Lunatic asylums Burma 1907-21 - 1907-1921
Year: 1907
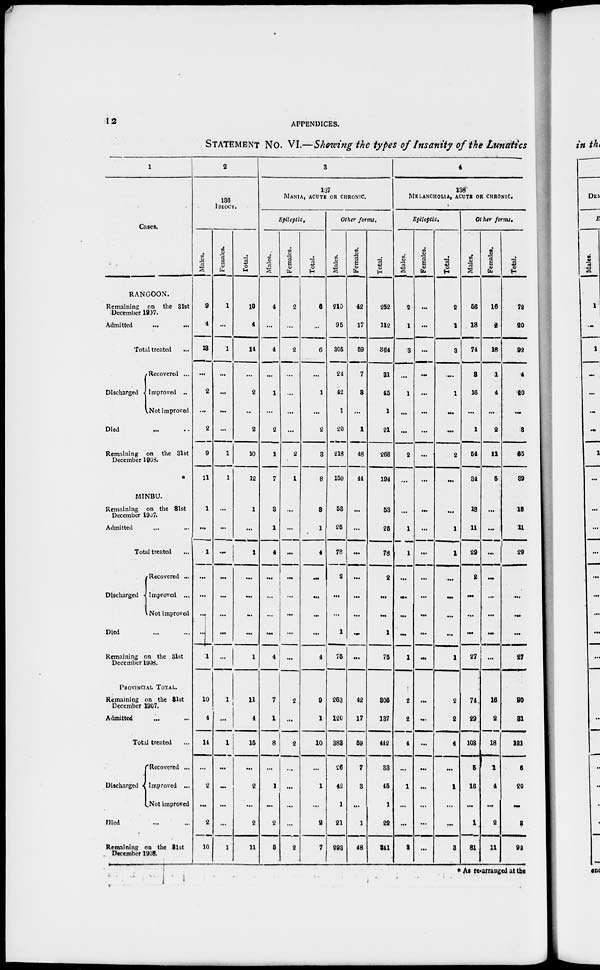
12
APPENDICES.
STATEMENT No. VI.—Showing the types of Insanity of the Lunatics
1
Cases.
RANGOON.
Remaining on the 31st
December 1907.
Admitted
... ...
Total treated ...
Discharged
Recovered ...
Improved ..
Not improved
Died ... ...
Remaining on the 31st
December 1903.
MINBU.
Remaining on the 31st
December 1907.
Admitted ... ...
Total treated ...
Discharged
Recovered ...
Improved ...
Not improved
Died ... ...
Remaining on the 31st
December 1908.
PROVINCIAL TOTAL.
Remaining on the 31st
December 1907.
Admitted ... ...
Total treated ...
Discharged
Recovered ...
Improved ...
Not Improved
Died ... ...
Remaining on the 31st
December 1908.
2
136
IDIOCY.
Males.
9
4
13
...
2
...
2
9
11
1
...
1
...
...
...
...
1
10
4
14
...
2
...
2
10
Females.
1
...
1
...
...
...
...
1
1
...
...
...
...
...
...
...
...
1
...
1
...
...
...
...
1
Total.
10
4
14
...
2
...
2
10
12
1
...
1
...
...
...
...
1
11
4
15
...
2
...
2
11
3
137
MANIA, ACUTE OR CHRONIC.
Epileptic,
Males.
4
...
4
...
1
...
2
1
7
3
1
4
...
...
...
...
4
7
1
8
...
1
...
2
5
Females.
2
...
2
...
...
...
...
2
1
...
...
...
...
...
...
...
...
2
...
2
...
...
...
...
2
Total.
6
...
6
...
1
...
2
3
8
3
1
4
...
...
...
...
4
9
1
10
...
1
...
2
7
Other forms.
Males.
210
95
305
24
42
1
20
218
160
53
25
78
2
...
...
1
75
263
120
383
26
42
1
21
293
Females.
42
17
59
7
3
...
1
48
44
...
...
...
...
...
...
...
...
42
17
59
7
3
...
1
48
Total.
262
112
364
81
45
1
21
266
194
53
25
78
2
...
...
1
75
305
137
442
33
46
1
22
341
4
138
MELANCHOLIA, ACUTE OR CHRONIC.
Epileptic.
Males.
2
1
3
...
1
...
...
2
...
...
1
1
...
...
...
...
1
2
2
4
...
1
...
...
3
Females.
...
...
...
...
...
...
...
...
...
...
...
...
...
...
...
...
...
...
...
...
...
...
...
...
...
Total.
2
1
3
...
1
...
...
2
...
...
1
1
...
...
...
...
1
2
22
4
...
1
...
...
3
Other forms.
Males.
56
18
74
3
16
...
1
54
34
18
11
29
2
...
...
...
27
74
29
103
5
16
...
1
81
Females.
16
2
15
1
4
...
2
11
5
...
...
...
...
...
...
...
...
16
2
18
1
4
...
2
11
Total.
72
20
92
4
20
...
8
65
89
18
11
29
...
...
...
...
27
90
31
121
6
20
...
3
92
* As re-arranged at the